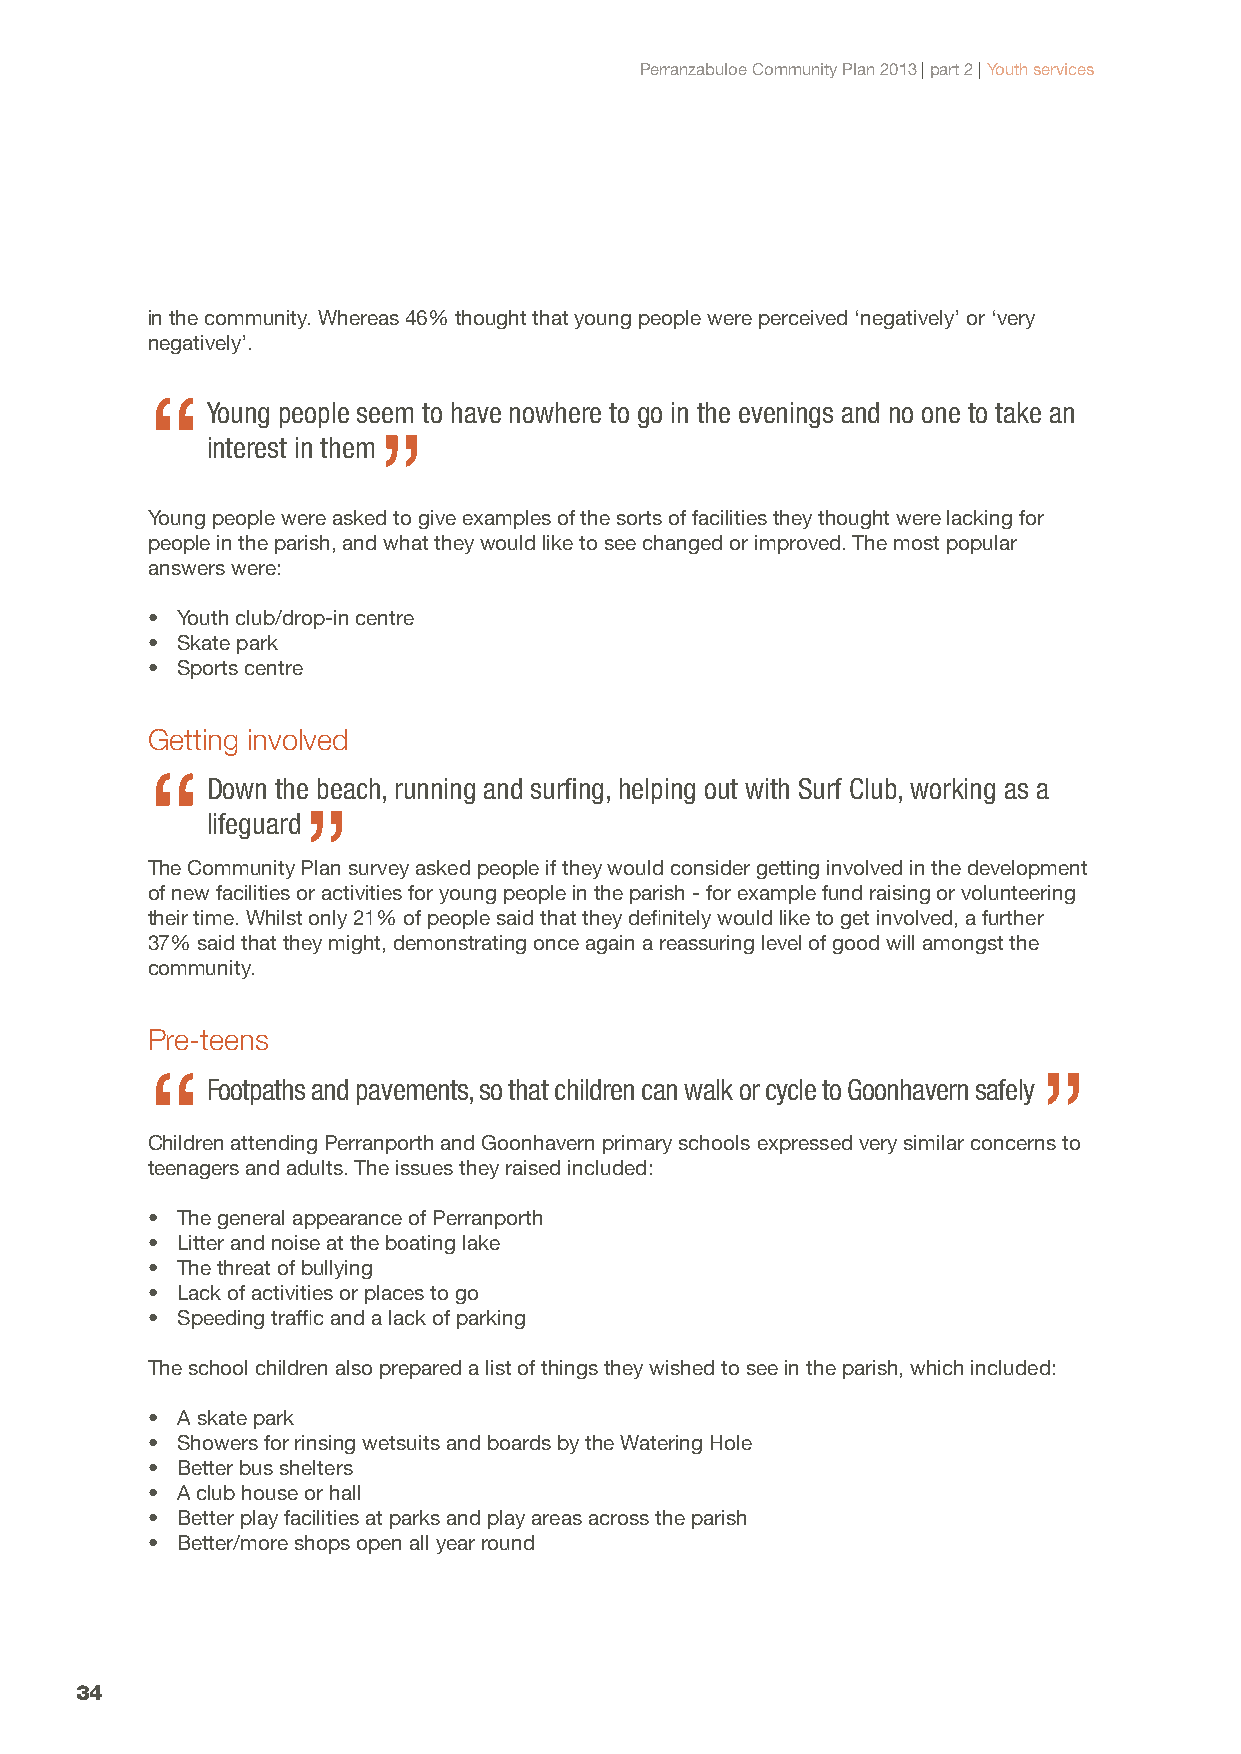
Perranzabuloe Community Plan 2013 | part 2 | Youth services
 in the community. Whereas 46% thought that young people were perceived ‘negatively’ or ‘very
 negatively’.
 “
 Young people seem to have nowhere to go in the evenings and no one to take an
 ”
 interest in them
 Young people were asked to give examples of the sorts of facilities they thought were lacking for
 people in the parish, and what they would like to see changed or improved. The most popular
 answers were:
 • Youth club/drop-in centre
 • Skate park
 • Sports centre
 Getting involved
 “
 Down the beach, running and surfing, helping out with Surf Club, working as a
 ”
 lifeguard
 The Community Plan survey asked people if they would consider getting involved in the development
 of new facilities or activities for young people in the parish - for example fund raising or volunteering
 their time. Whilst only 21% of people said that they definitely would like to get involved, a further
 37% said that they might, demonstrating once again a reassuring level of good will amongst the
 community.
 Pre-teens
 “                                                          ”
 Footpaths and pavements, so that children can walk or cycle to Goonhavern safely
 Children attending Perranporth and Goonhavern primary schools expressed very similar concerns to
 teenagers and adults. The issues they raised included:
 • The general appearance of Perranporth
 • Litter and noise at the boating lake
 • The threat of bullying
 • Lack of activities or places to go
 • Speeding traffic and a lack of parking
 The school children also prepared a list of things they wished to see in the parish, which included:
 • A skate park
 • Showers for rinsing wetsuits and boards by the Watering Hole
 • Better bus shelters
 • A club house or hall
 • Better play facilities at parks and play areas across the parish
 • Better/more shops open all year round
 34